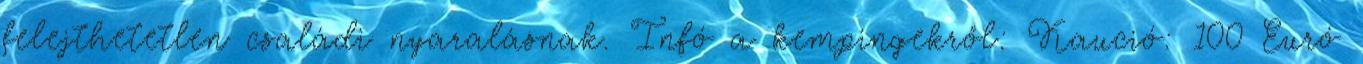
felejthetetlen családi nyaralásnak. Infó a kempingekről: Kaució: 100 Euró